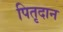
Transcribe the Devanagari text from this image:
पितृदान